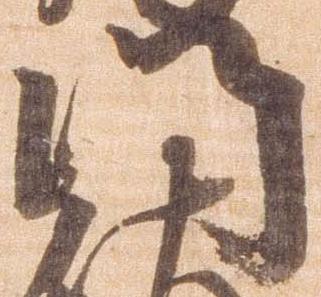
門